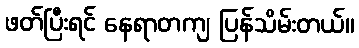
ဖတ်ပြီးရင် နေရာတကျ ပြန်သိမ်းတယ်။